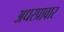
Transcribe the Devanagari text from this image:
अधरप्रावार